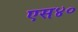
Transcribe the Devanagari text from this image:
एस४०